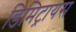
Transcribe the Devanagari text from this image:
डिमिट्रायस